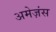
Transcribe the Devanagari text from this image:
अमेज़ंस